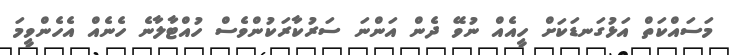
މަސައްކަތް އަޅުގަނޑަކަށް ހީއެއް ނުވޭ ދެން އަންނަ ސަރުކާރަކުންވެސް ހުއްޓާލާނެ ހެނެއް އެހެންވީމަ